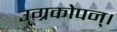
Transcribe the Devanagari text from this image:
उग्रकोपन्।